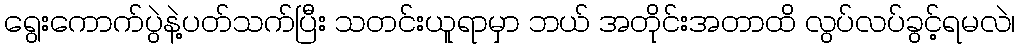
ရွေးကောက်ပွဲနဲ့ပတ်သက်ပြီး သတင်းယူရာမှာ ဘယ် အတိုင်းအတာထိ လွပ်လပ်ခွင့်ရမလဲ၊